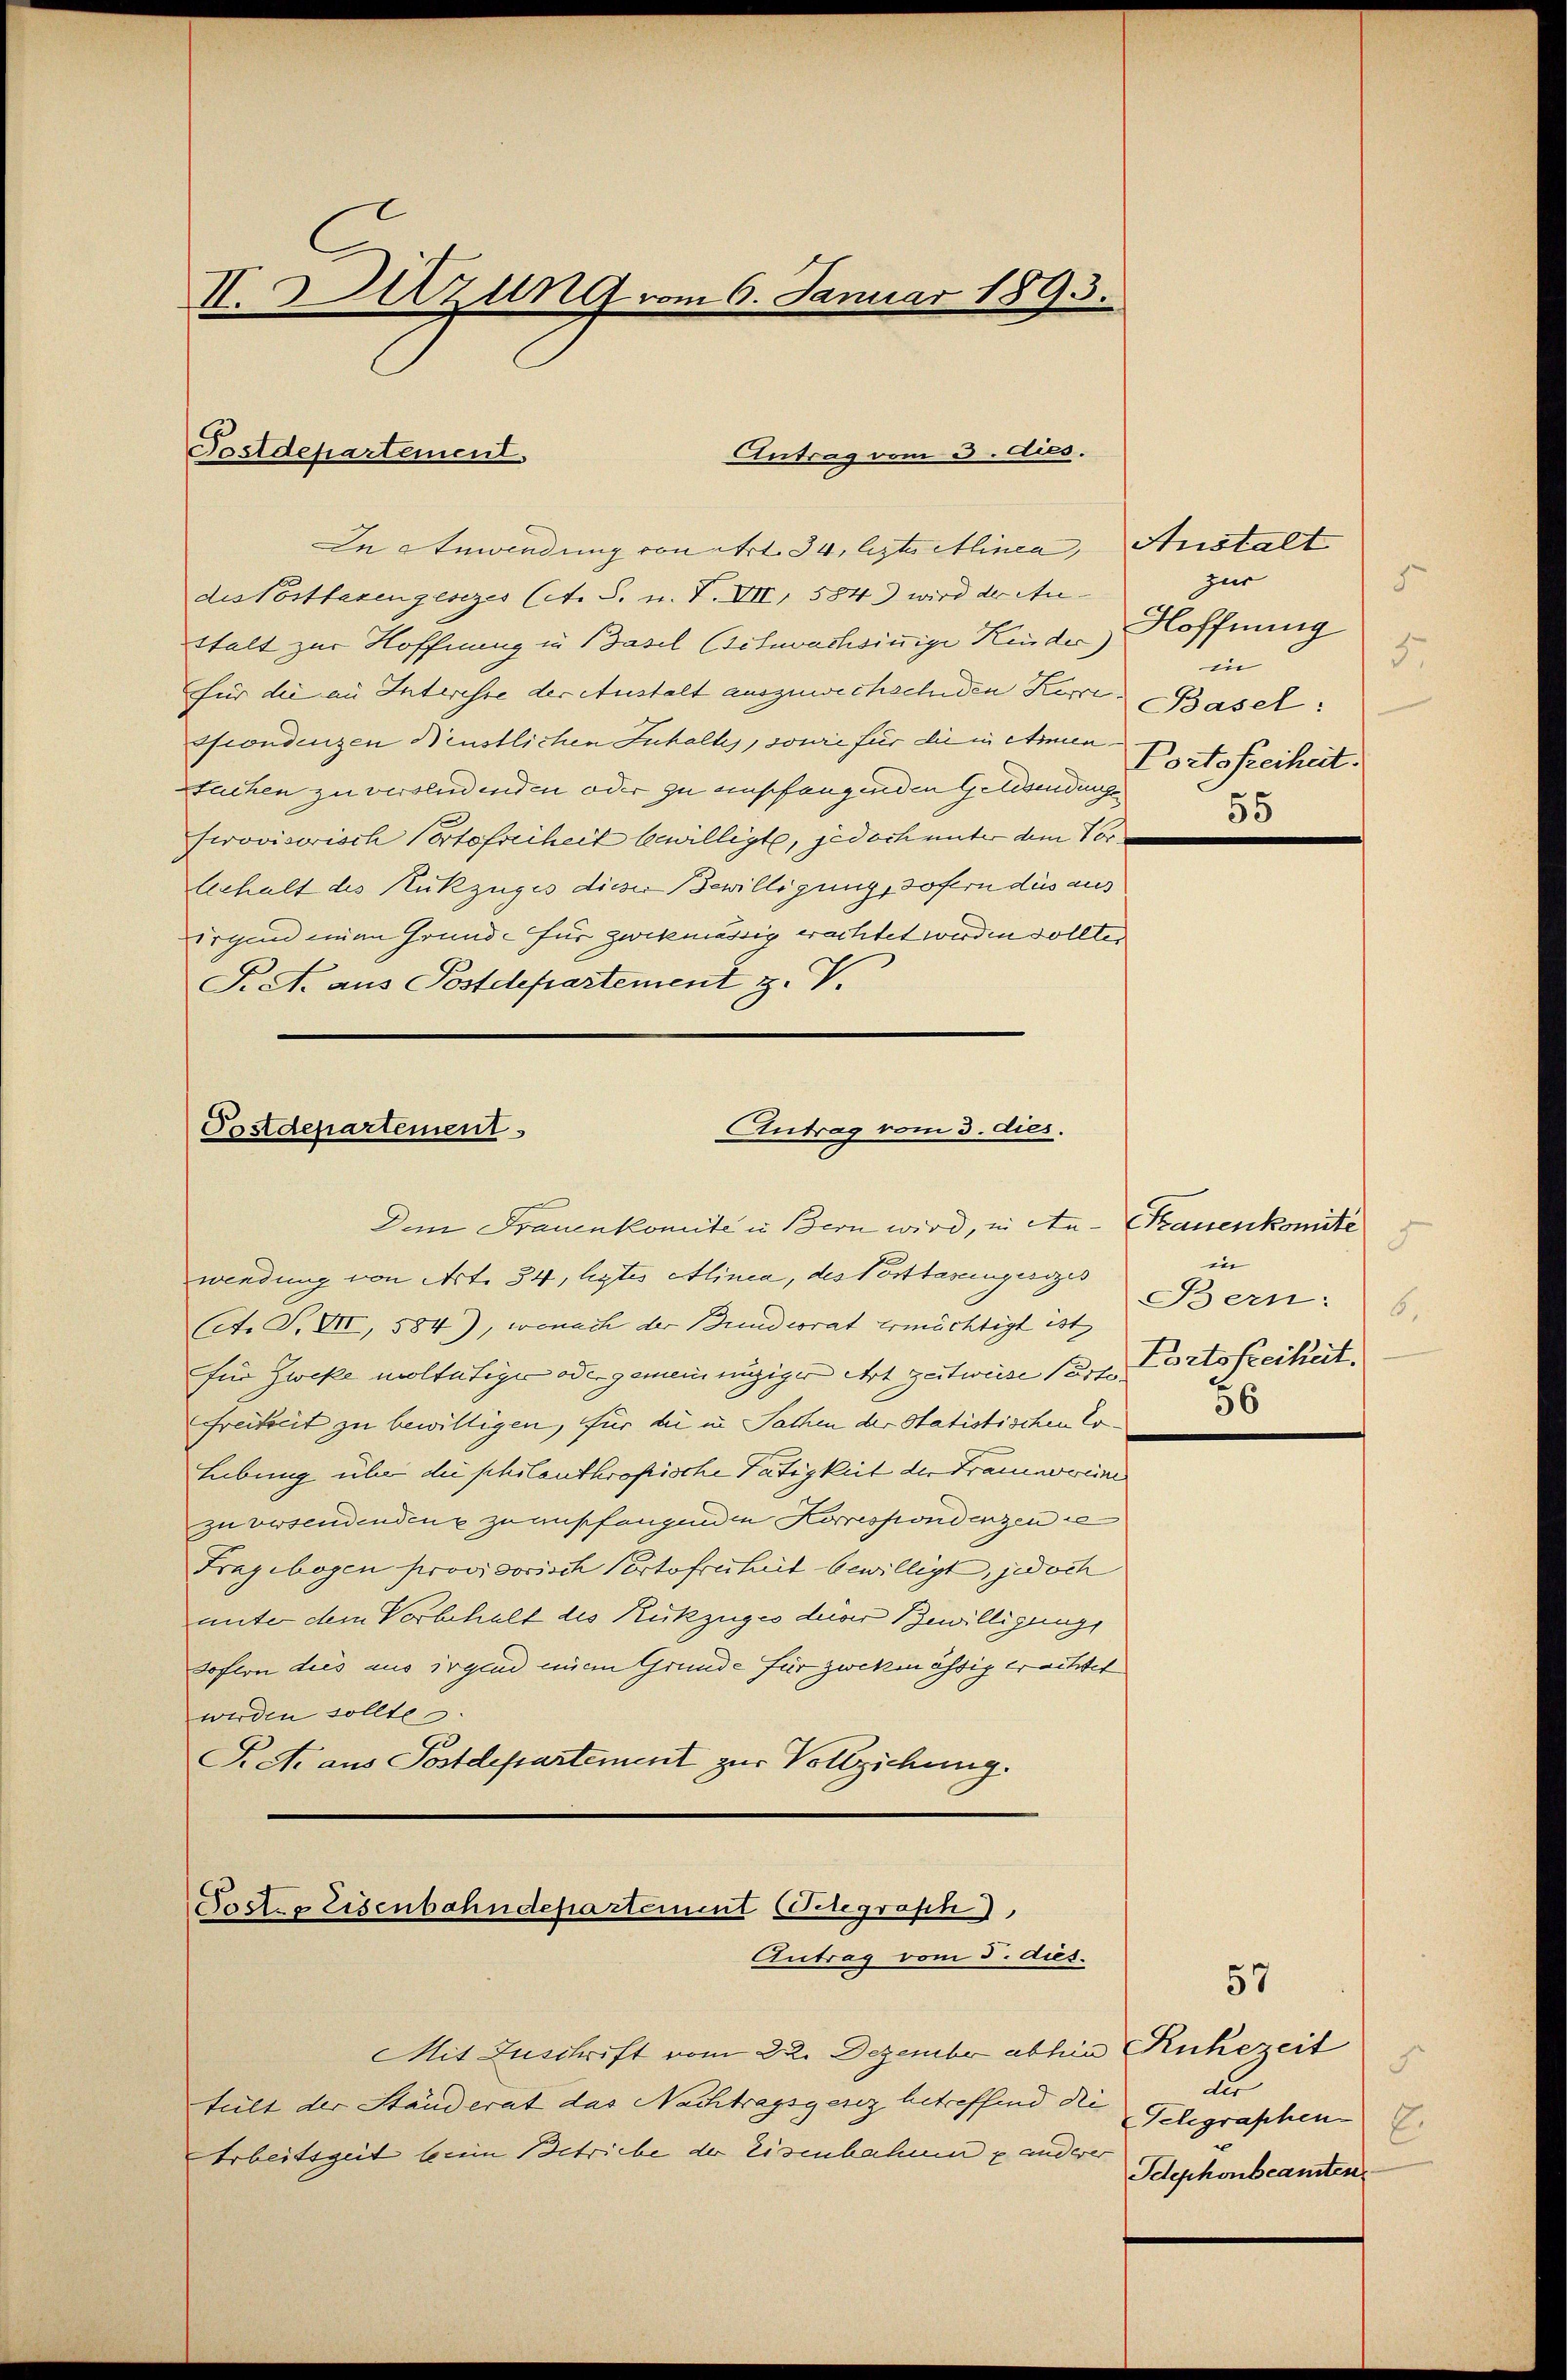
II. Hirzung vom 6. Januar 1893.

In Anwendung von ert. 34, leztwillinea, Anstalt
des Posttaxengesezes lit. S. u. V. VIII, 5843 wird der Anttalt zur Hoffnung in Basel Bituwachsinnige Kinder)
für die an Interesse der Anstalt auszuwechschiden Herr Basel:
ssondenzen Neustlichen Inhalts, sowie für die in Amen.
Stachen zu versendenden oder zu empfangenden Gelesendunge
serovisorisch Portofreiheit bewilligte, jedoch unter dem Vor
Gehalt des Rückzuges dieser Bewilligung, sofern das aus
irgend einen Grunde für zwekmässig erachtet werden sollten
F. A. aus Postdepartement z. V.

Postdepartement.

Antrag vom 3. Aces.

Antrag vom 3. dies.
Postdepartement
Dem Frauenkomite in Bern wird, in An- Strauenkomité

wendung von Art. 34, legtes Alinea, des Posttasengesezes
(et. S. XII, 584), wonach der Bundesrat ermächtigt ist
für Zweke woltätiger oder gemein einziger Art zeitweise Poste
Freiheit zu bewilligen, für die in Sachen der Statistischen Er¬
Lebung über die philanthropische Tätigkeit der Fraueneweine
zu versendenden zu empfangenden Korrespondenzen de
Fragebogen provisorisch Portofreiheit bewilligt, jedoch
unter dem Vorbehalt des Rückzuges derer Bewilligung
sofern dies aus irgend einem Grunde für zwekmässig erwittet
werden sollte.
Pr. Si aus Postdepartement zur Vollziehung.

Poctes Eisenbahndepartement (Belegraph),
Antrag vom 5. dies.

Mit Zuschrift vom 22. Dezember abhin Ruhezeit
tält der Ständerat das Nachtragsgesez betreffend die Gelegraphen E
Arbeitszeit beim Betriebe der Eisenbahnen u anderer

zur
Hoffnung
3
n
Portofreiheit.
55

9
in
Bern: 6
Fortsfreiheit.
56

57

.
Idephonbeamten